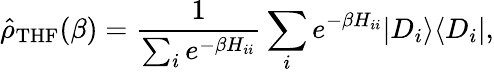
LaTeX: \hat{\rho}_{\mathrm{THF}}(\beta)=\frac{1}{\sum_{i}e^{-\beta H_{ii}}}\sum_{i}e^{-\beta H_{ii}}|D_{i}\rangle\langle D_{i}|,